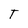
Character: T